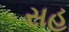
સહ